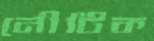
নৌটিক